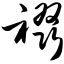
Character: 裰